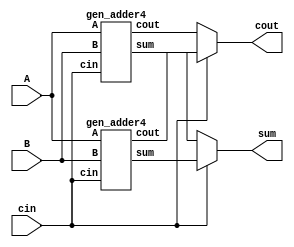
// Code your design here
module carry_select_adder(
    input [3:0] A,    
    input [3:0] B, 
    input cin,       
    output [3:0] sum,
    output cout       
);

wire [3:0] sum0, sum1;
wire cout0, cout1;

gen_adder4 g0(A, B, cin, sum0, cout0);
gen_adder4 g1(A, B, cin, sum1, cout1);

assign sum = (cin == 0) ? sum0 : sum1;
assign cout = (cin == 0) ? cout0 : cout1;

endmodule

module gen_adder4(
    input [3:0] A,    
    input [3:0] B,    
    input cin,        
    output [3:0] sum, 
    output cout       
);

wire [3:0] sum0, sum1;
wire cout0, cout1;

gen_adder1 a0(A[0], B[0], cin, sum0[0], cout0);
gen_adder1 a1(A[1], B[1], cin, sum0[1], cout0);
gen_adder1 a2(A[2], B[2], cin, sum0[2], cout0);
gen_adder1 a3(A[3], B[3], cin, sum0[3], cout0);

gen_adder1 b0(A[0], B[0], cin, sum1[0], cout1);
gen_adder1 b1(A[1], B[1], cin, sum1[1], cout1);
gen_adder1 b2(A[2], B[2], cin, sum1[2], cout1);
gen_adder1 b3(A[3], B[3], cin, sum1[3], cout1);

assign sum = (cin == 0) ? sum0 : sum1;
assign cout = (cin == 0) ? cout0 : cout1;

endmodule

module gen_adder1(
    input A,      
    input B,      
    input cin,    
    output sum,   
    output cout  
);

assign sum = A ^ B ^ cin;
assign cout = (A & B) | (B & cin) | (A & cin);

endmodule